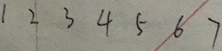
1 2 3 4 5 6 7